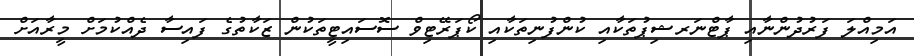
އަމިއްލަ ފަރުދުންނާއި ޕާޓްނަރޝިޕުތަކާއި ކުންފުނިތަކާއި ކޯޕަރޭޓިވް ސޮސައިޓީތަކުން ޒަކާތުގެ ފައިސާ ދެއްކުމަށް މީރާއަށް